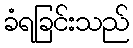
ခံရခြင်းသည်